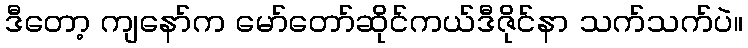
ဒီတော့ ကျနော်က မော်တော်ဆိုင်ကယ်ဒီဇိုင်နာ သက်သက်ပဲ။